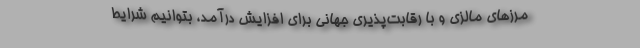
مرزهای مالزی و با رقابت‌پذیری جهانی برای افزایش درآمد، بتوانیم شرایط